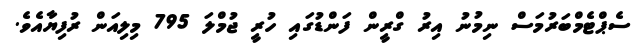
ސެޕްޓެމްބަރުމަސް ނިމުނު އިރު ގްރީން ފަންޑުގައި ހުރީ ޖުމްލަ 795 މިލިއަން ރުފިޔާއެވެ.